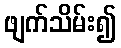
ဖျက်သိမ်း၍